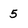
Character: 5